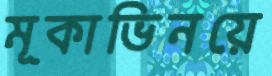
মূকাভিনয়ে